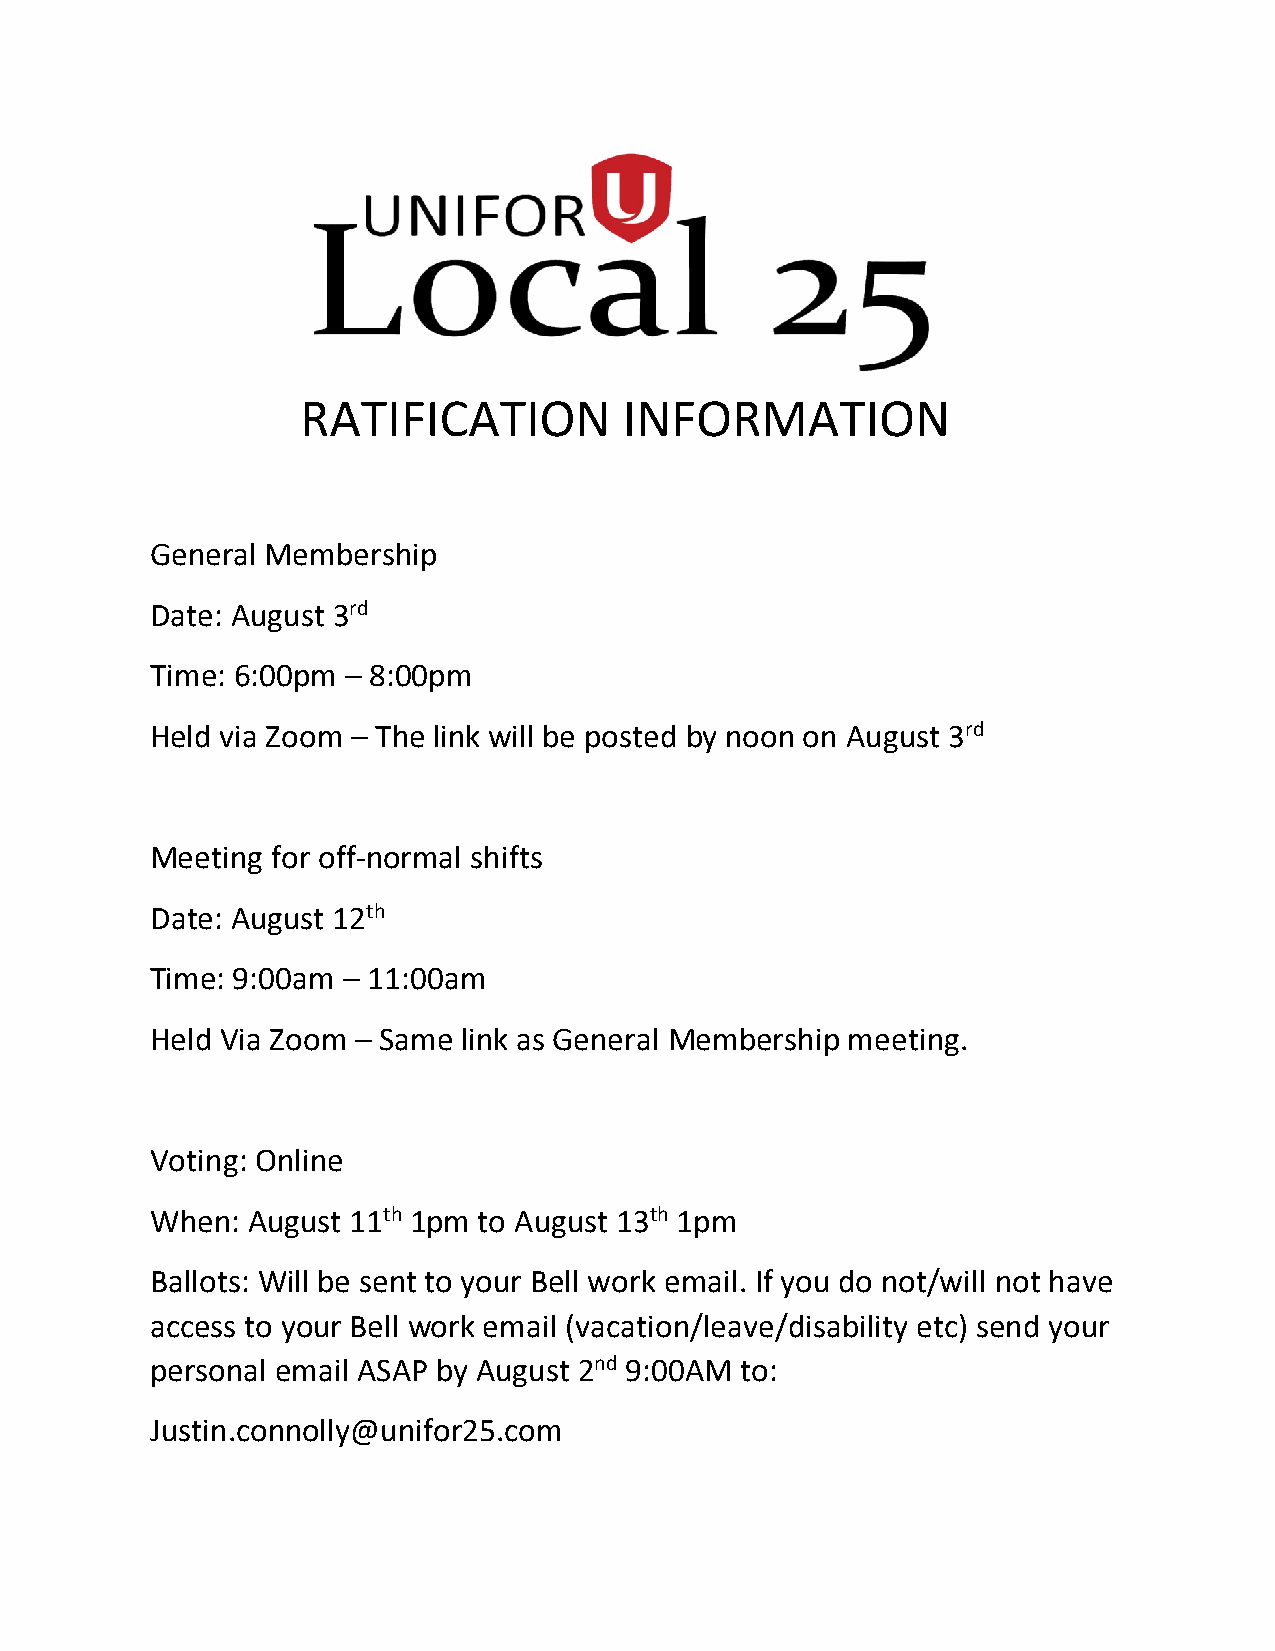
RATIFICATION         INFORMATION
 General Membership
 Date: August 3rd
 Time: 6:00pm – 8:00pm
 Held via Zoom – The link will be posted by noon on August 3rd
 Meeting for off-normal shifts
 Date: August 12th
 Time: 9:00am – 11:00am
 Held Via Zoom – Same link as General Membership meeting.
 Voting: Online
 When: August 11th 1pm to August 13th 1pm
 Ballots: Will be sent to your Bell work email. If you do not/will not have
 access to your Bell work email (vacation/leave/disability etc) send your
 personal email ASAP by August 2nd 9:00AM to:
 Justin.connolly@unifor25.com